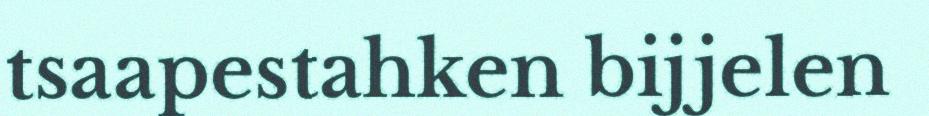
tsaapestahken bijjelen